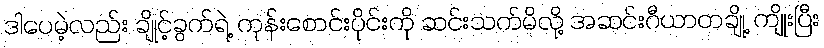
ဒါပေမဲ့လည်း ချိုင့်ခွက်ရဲ့ ကုန်းစောင်းပိုင်းကို ဆင်းသက်မိလို့ အဆင်းဂီယာတချို့ ကျိုးပြီး